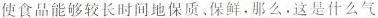
使食品能够较长时间地保质。保鲜。那么。这是什么气